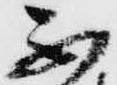
不